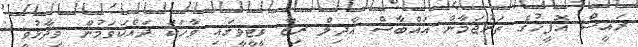
ރައީސް އޮފީހުގެ ތަރުޖަމާން އައްބާސް އާދިލް ރިޒާ ވީޓީވީގައި ވާހަކަ ދައްކަވަމުން ވިދާޅުވީ